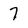
Character: 7